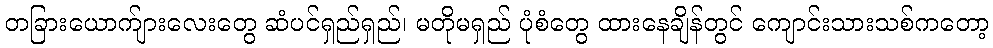
တခြားယောက်ျားလေးတွေ ဆံပင်ရှည်ရှည်၊ မတိုမရှည် ပုံစံတွေ ထားနေချိန်တွင် ကျောင်းသားသစ်ကတော့